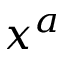
x ^ { a }